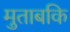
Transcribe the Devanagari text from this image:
मुताबकि